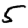
Digit: 5